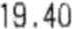
19.40